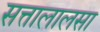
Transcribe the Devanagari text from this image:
सत्तालालसा